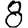
Digit: 8